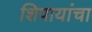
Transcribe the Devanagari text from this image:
शिपायांचा